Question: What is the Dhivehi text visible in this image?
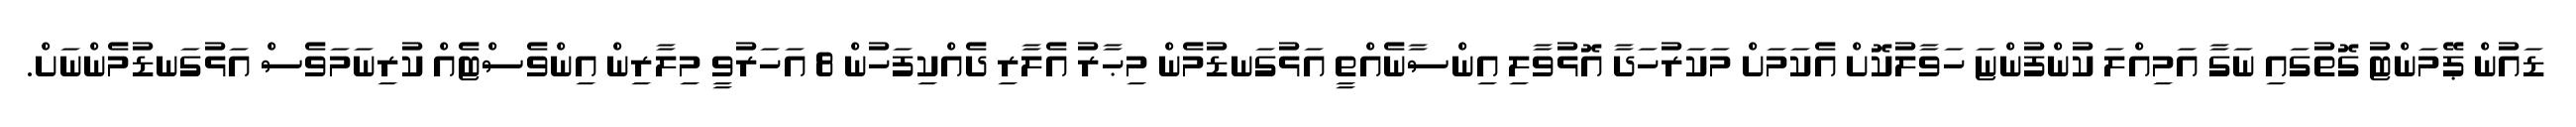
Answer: ޑައުން ޕޭމަންޓު ގޮތުގައި ނަގާ އަމިއްލަ ކުންފުންޏަ ހަވާލުކޮށް އެކަމަށް މަކަރުހަދާ އޮޅުވާލި އިންސާނެއްތީ އަޅުގަނޑުމެން މިޙާރު އެލާރި ދެއްކިފަހުން 8 އަހަރުވީ މިލާރިން އިންވެސްޓެއް ކުރިނަމަވެސް އަޅުގަނޑުމެންނަށް.